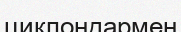
циклондармен